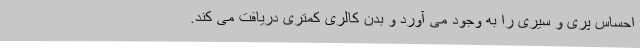
احساس پُری و سیری را به وجود می آورد و بدن کالری کمتری دریافت می کند.